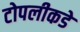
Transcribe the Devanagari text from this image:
टोपलीकडे